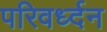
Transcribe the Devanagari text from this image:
परिवर्ध्दन